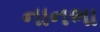
નાનભા